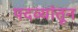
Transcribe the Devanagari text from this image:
पदव्यांतून